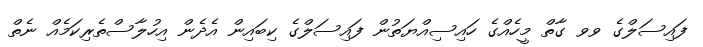
ފައިސަލްގެ ވވ ގާތް މީހެއްގެ ހައިސިއްޔަތުން ފައިސަލްގެ ކިބައިން އެދެން އިހުލާސްތެރިކަމެއް ނެތް